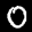
Label: 0